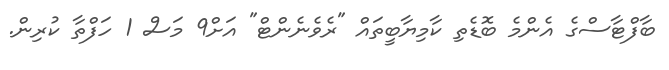
ބާފްޓާސްގެ އެންމެ ބޮޑެތި ކާމިޔާބީތަައް "ރެވެނެންޓް" އަށް9 މަސް 1 ހަފްތާ ކުރިން.